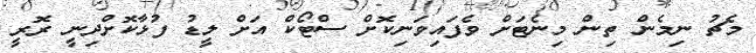
މެޗު ނިމެން ތިން މިނެޓަށް ވެފައިވަނިކޮށް ސްޓޯކް އަށް ލީޑު ފުޅާކޮށްދިނީ ރޮރީ